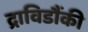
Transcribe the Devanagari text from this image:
द्राविडौंकी